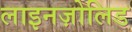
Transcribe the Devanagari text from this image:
लाइनज़ोलिड